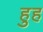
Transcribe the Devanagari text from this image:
हुह